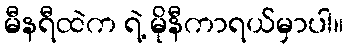
မီနရီထဲက ရဲ့ မိုနီကာရယ်မှာပါ။